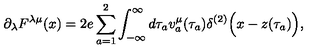
\partial _ { \lambda } F ^ { \lambda \mu } ( x ) = 2 e \sum _ { a = 1 } ^ { 2 } \int _ { - \infty } ^ { \infty } d \tau _ { a } { v } _ { a } ^ { \mu } ( \tau _ { a } ) \delta ^ { ( 2 ) } \Bigl ( x - z ( \tau _ { a } ) \Bigr ) ,